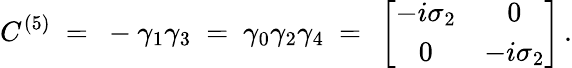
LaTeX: C^{(5)}\ =\ -\gamma_{1}\gamma_{3}\ =\ \gamma_{0}\gamma_{2}\gamma_{4}\ =\ \left[\begin{array}{cc}{{-i\sigma_{2}}}&{{0}}\\ {{0}}&{{-i\sigma_{2}}}\end{array}\right]\, .